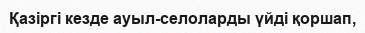
Қазіргі кезде ауыл-селоларды үйді қоршап,